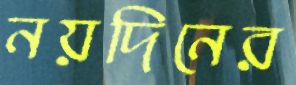
নয়দিনের